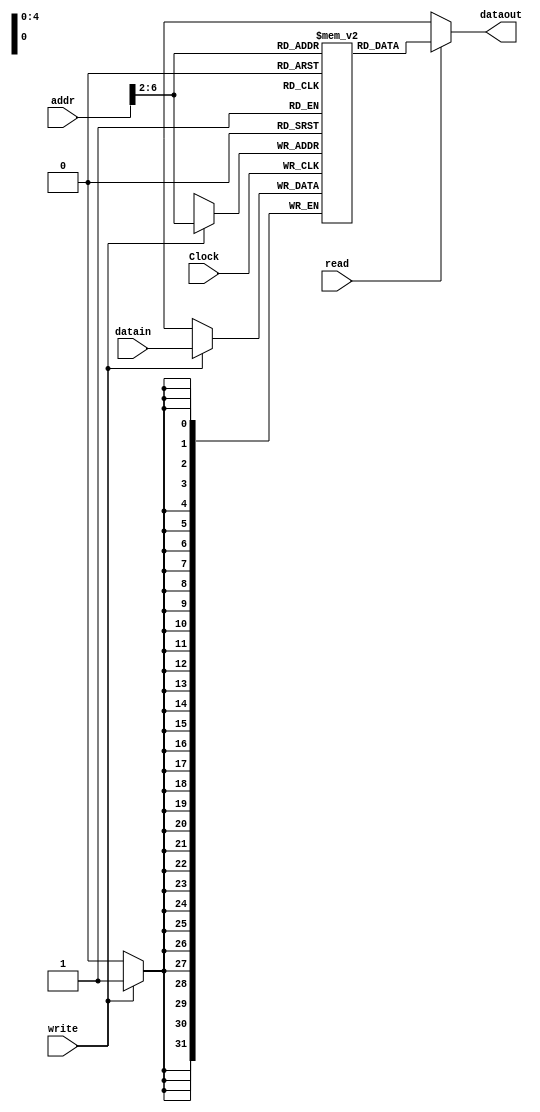
`timescale 1ns / 1ps
//////////////////////////////////////////////////////////////////////////////////
// Company: 
// Engineer: 
// 
// Design Name: 
// Module Name:    DATA_RAM 
// Project Name: 
// Target Devices: 
// Tool versions: 
// Description: 
//
// Dependencies: 
//
// Revision: 
// Revision 0.01 - File Created
// Additional Comments: 
//
//////////////////////////////////////////////////////////////////////////////////
module DATA_RAM(
		input        Clock,
		output[31:0] dataout,
		input [31:0] datain,
		input [31:0] addr,
		input        write , read
    );

   reg [31:0] ram [0:31];
	
	assign dataout = read ? ram[addr[6:2]] : 32'hxxxxxxxx;
	
	always @ (posedge Clock) begin
			if (write) ram[addr[6:2]] = datain;
	end

	integer i;
	
	initial begin
			for ( i = 0 ; i <= 31 ; i = i + 1) ram [i] = i * i;
	end		

endmodule